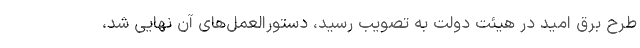
طرح برق امید در هیئت دولت به تصویب رسید، دستورالعمل‌های آن نهایی شد،